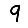
Digit: 9